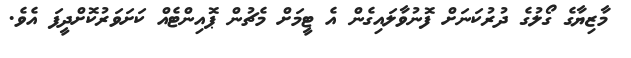
މާޒިޔާގެ ގޯލުގެ ދުރުކަނަށް ފޮނުވާލައިގެން އެ ޓީމަށް މެޗުން ޕޮއިންޓެއް ކަށަވަރުކޮށްދީފަ އެވެ.